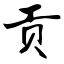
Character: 贡